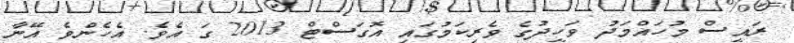
ރައީސް މުހައްމަދު ވަހީދުގެ ވެރިކަމުގައި އޮގަސްޓް 2013 ގަ އެވެ. އެހެންވެ އޭނާ